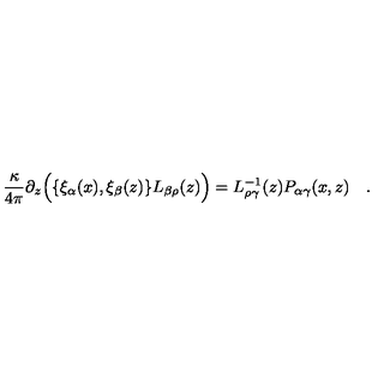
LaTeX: { \frac { \kappa } { 4 \pi } } \partial _ { z } \Bigl ( \{ \xi _ { \alpha } ( x ) , \xi _ { \beta } ( z ) \} L _ { \beta \rho } ( z ) \Bigr ) = L _ { \rho \gamma } ^ { - 1 } ( z ) P _ { \alpha \gamma } ( x , z ) \quad .